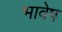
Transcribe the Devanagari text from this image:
भावेष